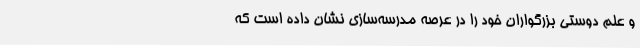
و علم دوستی بزرگواران خود را در عرصه مدرسه‌سازی نشان داده است که